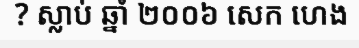
? ស្លាប់ ឆ្នាំ ២០០៦ សេក ហេង